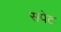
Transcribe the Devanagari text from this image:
सपेट